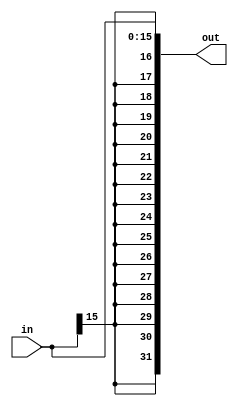
module extend(
	input [15:0] in,
	output [31:0] out
	);

	wire [15:0] rep;
	assign rep = {16{in[15]}};
	assign out = {rep,in};
	
endmodule